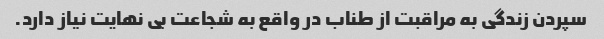
سپردن زندگی به مراقبت از طناب در واقع به شجاعت بی نهایت نیاز دارد.